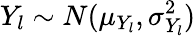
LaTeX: Y_{l}\sim N(\mu_{Y_{l}},\sigma_{Y_{l}}^{2})